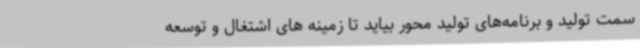
سمت تولید و برنامه‌های تولید محور بیاید تا زمینه های اشتغال و توسعه